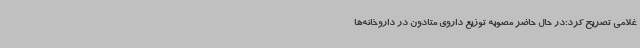
غلامی تصریح کرد:در حال حاضر مصوبه توزیع داروی متادون در داروخانه‌ها